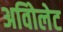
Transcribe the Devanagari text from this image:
अविोलेट